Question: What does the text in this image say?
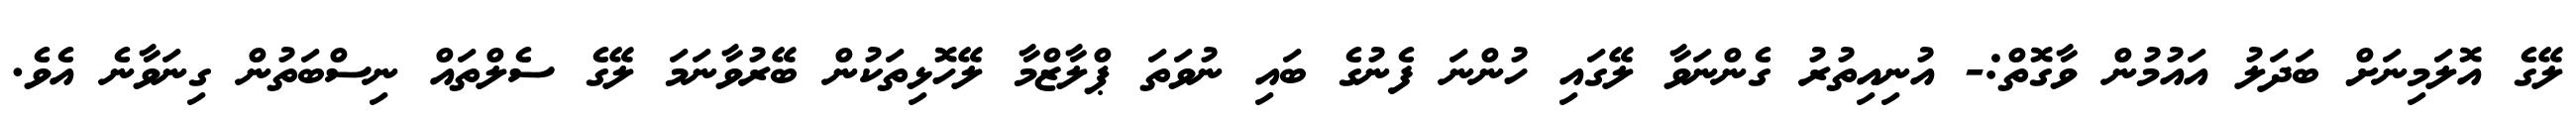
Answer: ލޭގެ އޮލަމިނަށް ބަދަލު އައުމުން ވާގޮތް:- އުނިއިތުރު ގެންނަވާ ލޭގައި ހުންނަ ފެނުގެ ބައި ނުވަތަ ޕްލާޒްމާ ލޭހޮޅިތަކުން ބޭރުވާނަމަ ލޭގެ ސެލްތައް ނިސްބަތުން ގިނަވާނެ އެވެ.